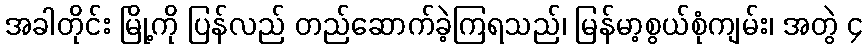
အခါတိုင်း မြို့ကို ပြန်လည် တည်ဆောက်ခဲ့ကြရသည်၊ မြန်မာ့စွယ်စုံကျမ်း၊ အတွဲ ၄